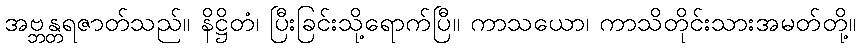
အဗ္ဘန္တရဇာတ်သည်။ နိဋ္ဌိတံ၊ ပြီးခြင်းသို့ရောက်ပြီ။ ကာသယော၊ ကာသိတိုင်းသားအမတ်တို့။